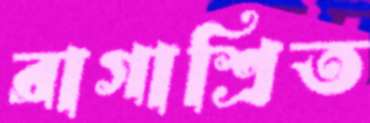
রাগাশ্রিত